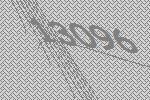
13096